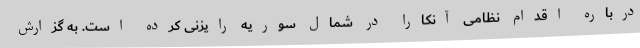
درباره اقدام نظامی آنکارا در شمال سوریه رایزنی کرده است. به گزارش